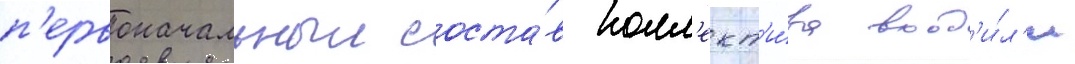
п'ервоначальныи соста́в колл'ект'и́ва вход'и́л'и